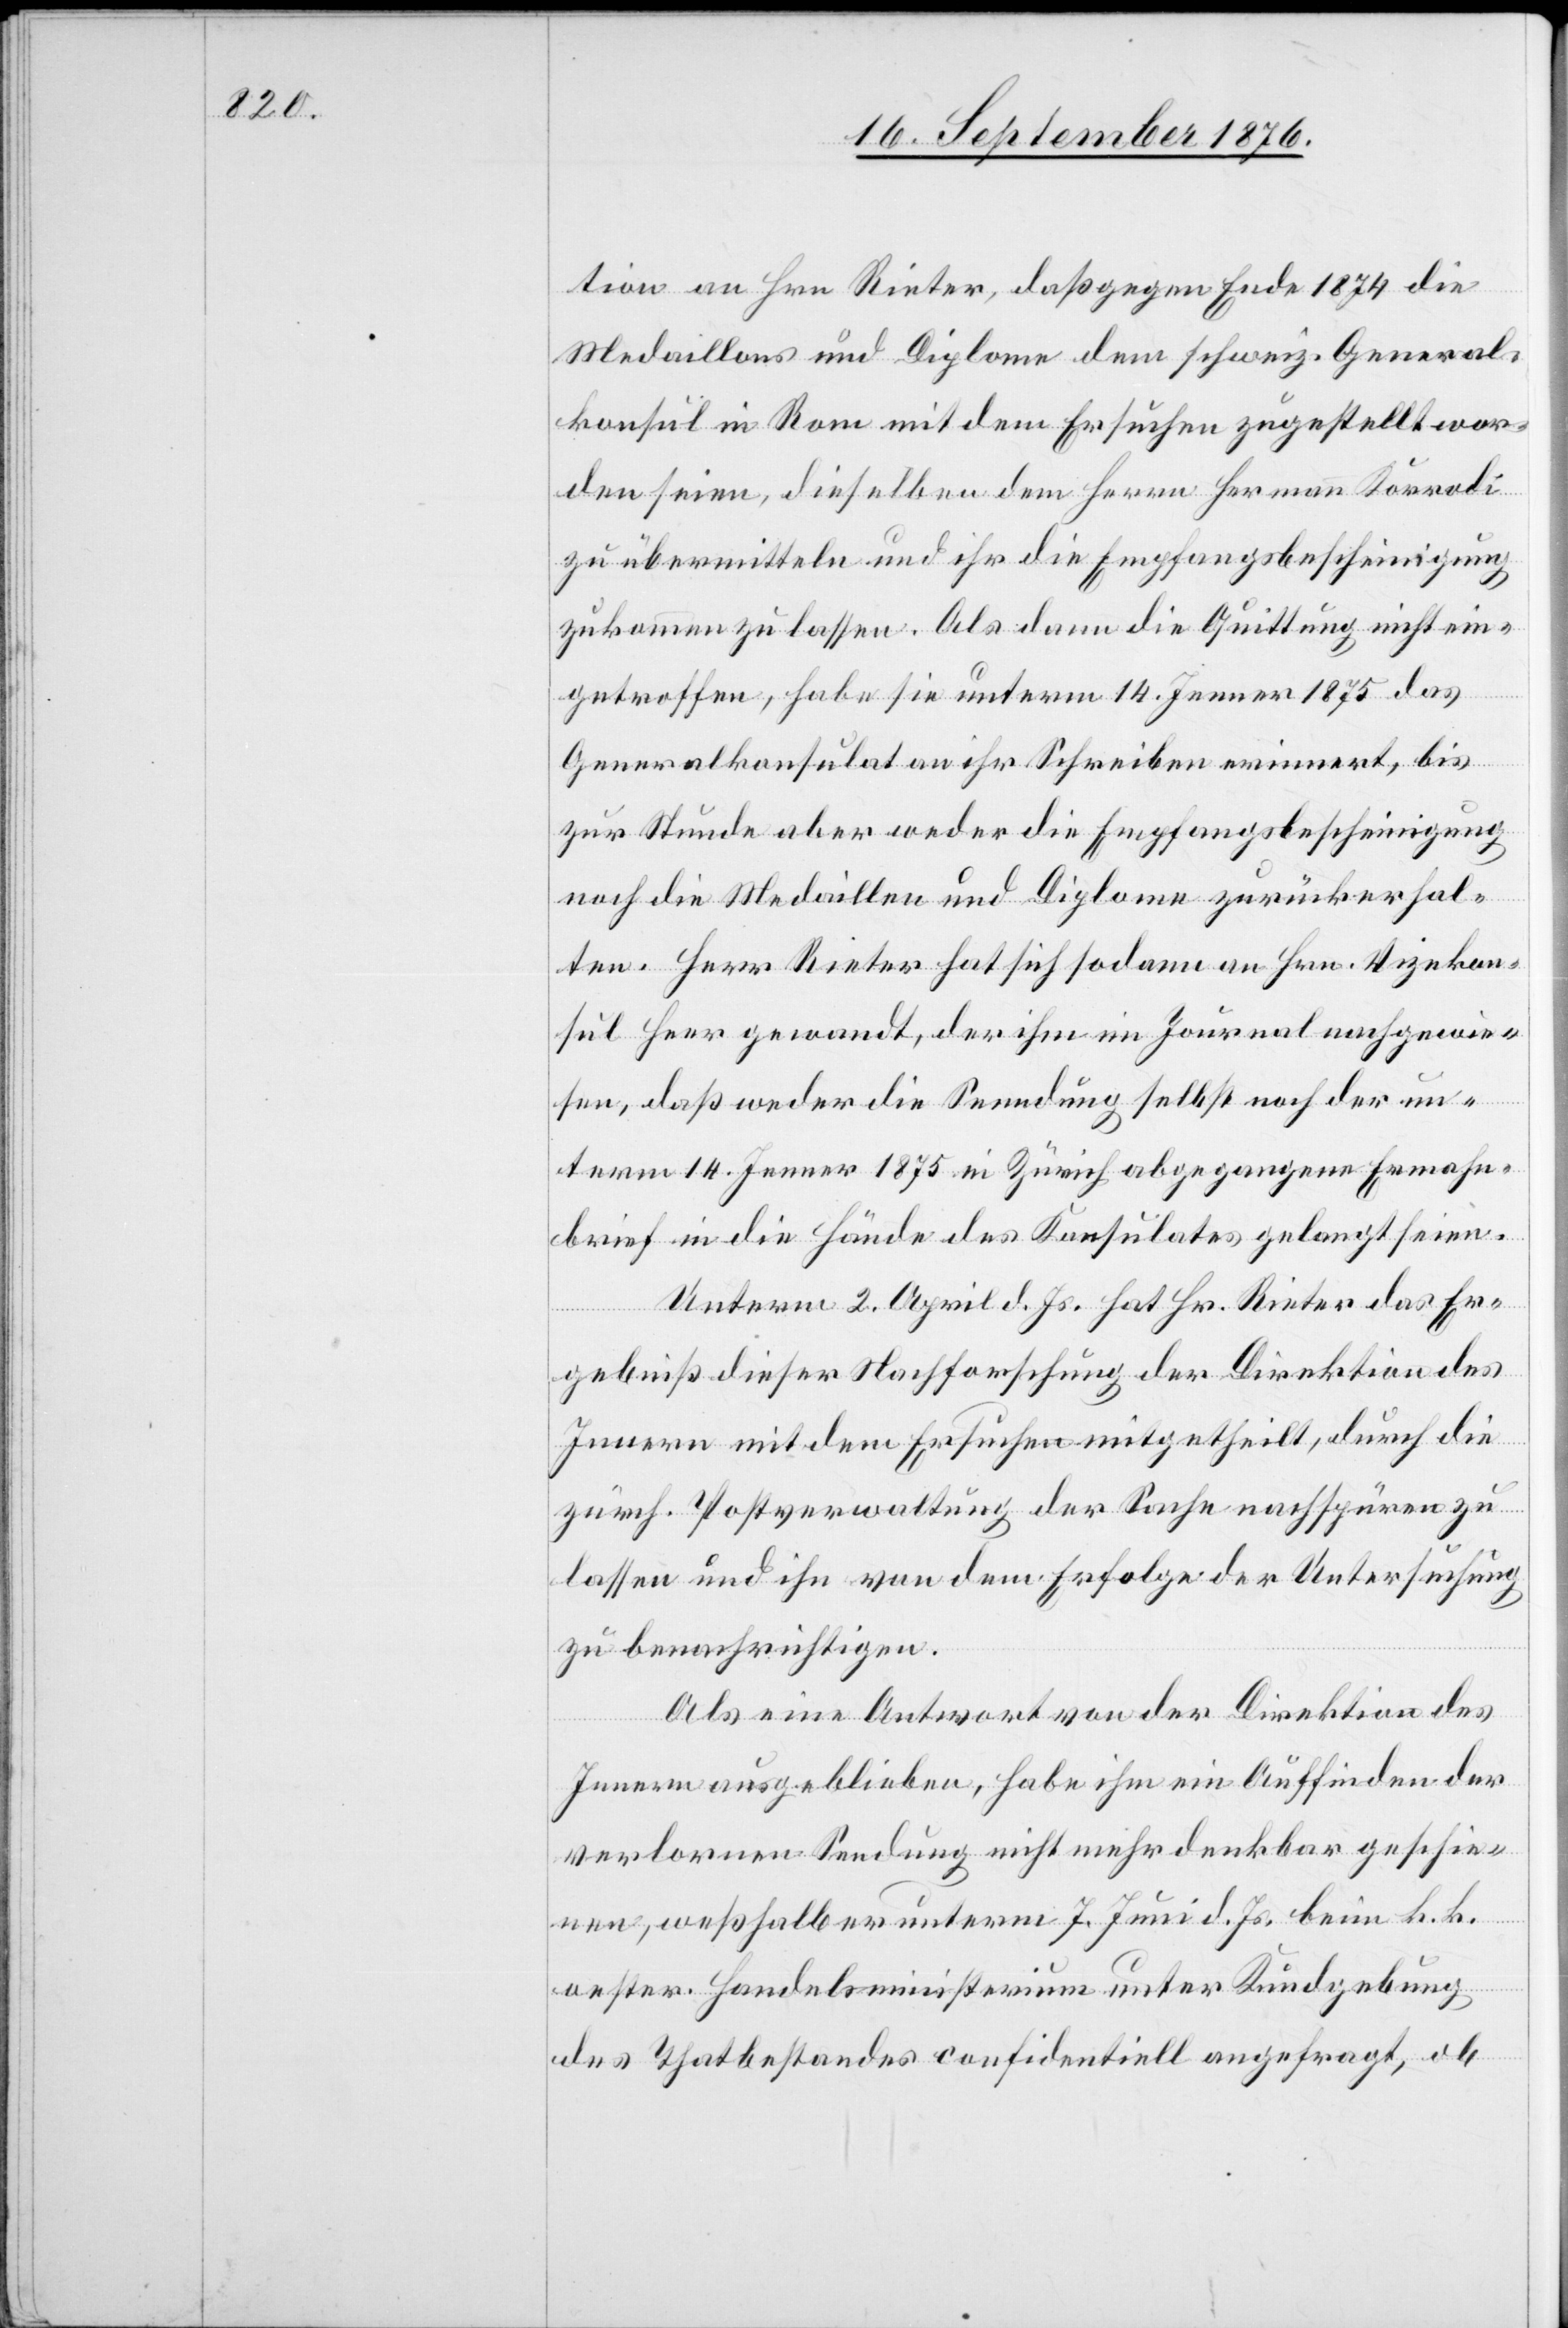
tion an Hrn. Rieter, daß gegen Ende 1874 die
Medaillons und Diplome dem schweiz. General¬
konsul in Rom mit dem Ersuchen zugestellt wor¬
den seien, dieselben dem Herrn Hermann Korrodi
zu übermitteln und ihr die Empfangsbescheinigung
zukommen zu lassen. Als dann die Quittung nicht ein¬
getroffen, habe sie unterm 14. Jenner 1875 das
Generalkonsulat an ihr Schreiben erinnert, bis
zur Stunde aber weder die Empfangsbescheinigung
noch die Medaillen und Diplome zurückerhal¬
ten. Herr Rieter hat sich sodann an Hrn. Vizekon¬
sul Heer gewandt, der ihm im Journal nachgewie¬
sen, daß weder die Senndung [sic!] selbst noch der un¬
term 14. Jenner 1875 in Zürich abgegangene Ermahn¬
brief in die Hände des Konsulates gelangt seien.
Unterm 2. April d. Js. hat Hr. Rieter das Er¬
gebniß dieser Nachforschung der Direktion des
Innern mit dem Ersuchen mitgetheilt, durch die
zürch. Postverwaltung der Sache nachspüren zu
lassen und ihn von dem Erfolge der Untersuchung
zu benachrichtigen.
Als eine Antwort von der Direktion des
Innern ausgeblieben, habe ihm ein Auffinden der
verlorenen Sendung nicht mehr denkbar geschie¬
nen, weßhalb er unterm 7. Juni d. Js. beim k. k.
oester. Handelsministerium unter Kundgebung
des Thatbestandes confidentiell angefragt, ob